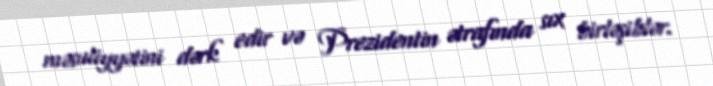
məsuliyyətini dərk edir və Prezidentin ətrafında sıx birləşiblər.